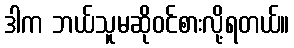
ဒါက ဘယ်သူမဆိုဝင်စားလို့ရတယ်။